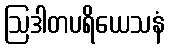
ဩဒါတပရိယေသနံ